Leaving Certificate, 1896
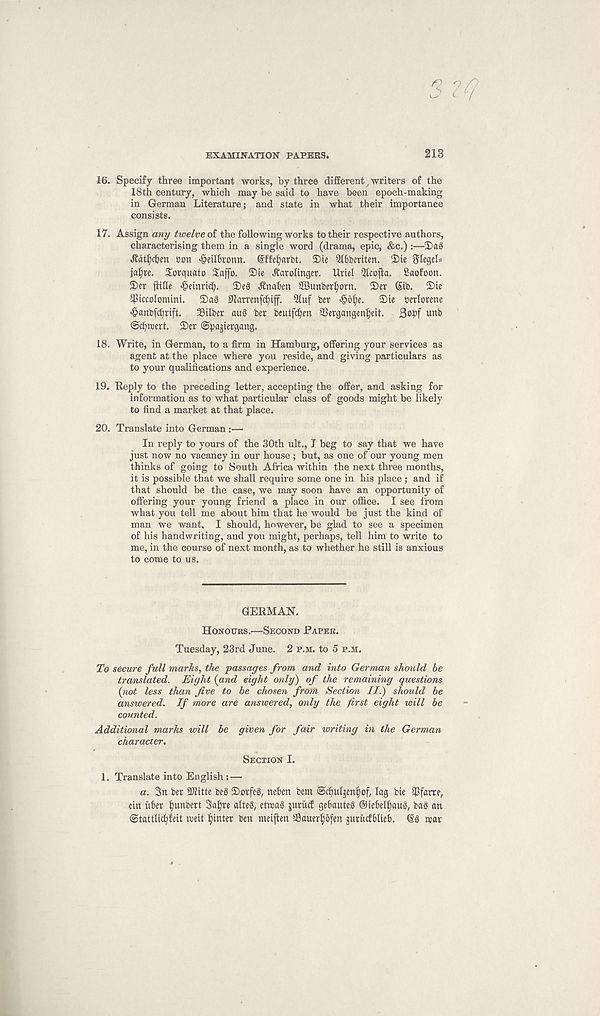
3?f
EXAMINATION PAPERS.
213
16. Specify three important works, by three different writers of the
18th century, which may be said to have been epoch-making
in German Literature j and state in what their importance
consists.
17. Assign any twelve of the following works to their respective authors,
characterising them in a single word (drama, epic, &c.) :—3)a§
J?atl)chen uott ^eilBronn. @ffet)arbt. ®ie 5t6beriten. iDie SlegeL
jal^re. Torquato Safjb. S)te Jbaroltnger. Uriel 51cofla. Saofoon.
2)er fliHe «§etnri^. 2)e§ JUtafcen SBunber^orn. 2)er (Sib. 2)ie
$iccolomini. 2)a§ 0larrenfc^iff. 5luf ber >§bl)e. 5)ie berlorene
<§anbfc^rift. 33ilber au§ ber beutfc^en ©ergangen^eit.
©c^tcert. S)er ©pagiergang.
18. Write, in German, to a firm in Hamburg, offering your services as
agent at the place where you reside, and giving particulars as
to your qualifications and experience.
19. Reply to the preceding letter, accepting the offer, and asking for
information as to what particular class of goods might be likely
to find a market at that place.
20. Translate into German :—
In reply to yours of the 30th ult., I beg to say that we have
just now no vacancy in our house ; but, as one of our young men
thinks of going to South Africa within the next three months,
it is possible that we shall require some one in his place ; and if
that should be the case, we may soon have an opportunity of
offering your young friend a place in our office. I see from
what you tell me about him that he would be just the kind of
man we want, I should, however, be glad to see a specimen
of his handwriting, and you might, perhaps, tell him to write to
me, in the course of next month, as to whether he still is anxious
to come to us.
GERMAN.
Honours.—Second Paper.
Tuesday, 23rd June. 2 p.m. to 5 p.m.
To secure full marks, the passages from and into German should be
translated. Eight (and eight only) of the remaining questions
(not less than Jive to be chosen from Section II.) should be
answered. If more are answered, only the first eight will be
counted.
Additional marks will be given for fair writing in the German
character.
Section I.
1. Translate into English:—
a. 3n ber SKitte be§ 2)orfe§, neben bent •Scpulgenpof, lag bte $farre,
cin uber l)unbert 3al)re alteS, ettrag juritcf gebauteS ©iebel^aug, bag an
(Stattlicpfeit weit Winter ben nteijlen Sauerljofen gurucfblieb. ($g war